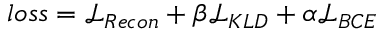
l o s s = \mathcal { L } _ { R e c o n } + \beta \mathcal { L } _ { K L D } + \alpha \mathcal { L } _ { B C E }